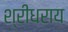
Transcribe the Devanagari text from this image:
श्रीधराय